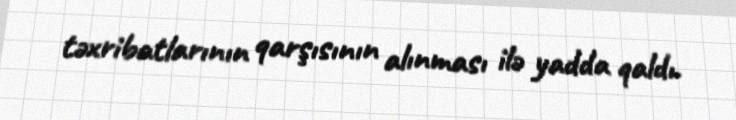
təxribatlarının qarşısının alınması ilə yadda qaldı.